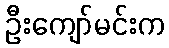
ဦးကျော်မင်းက